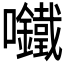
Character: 𫬾